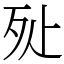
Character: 㱜